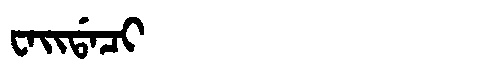
Manchu: ᠸᠠᡳᡩᠠᠴᡳ
Romanization: WAIDACI